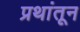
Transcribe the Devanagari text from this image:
प्रथांतून